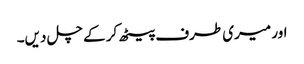
اور میری طرف پیٹھ کر کے چل دیں۔